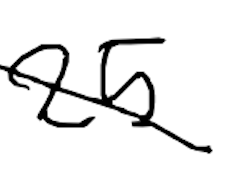
Text: 25
Cross-out: diagonal
Writing tool: digital_black